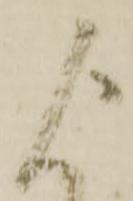
よ